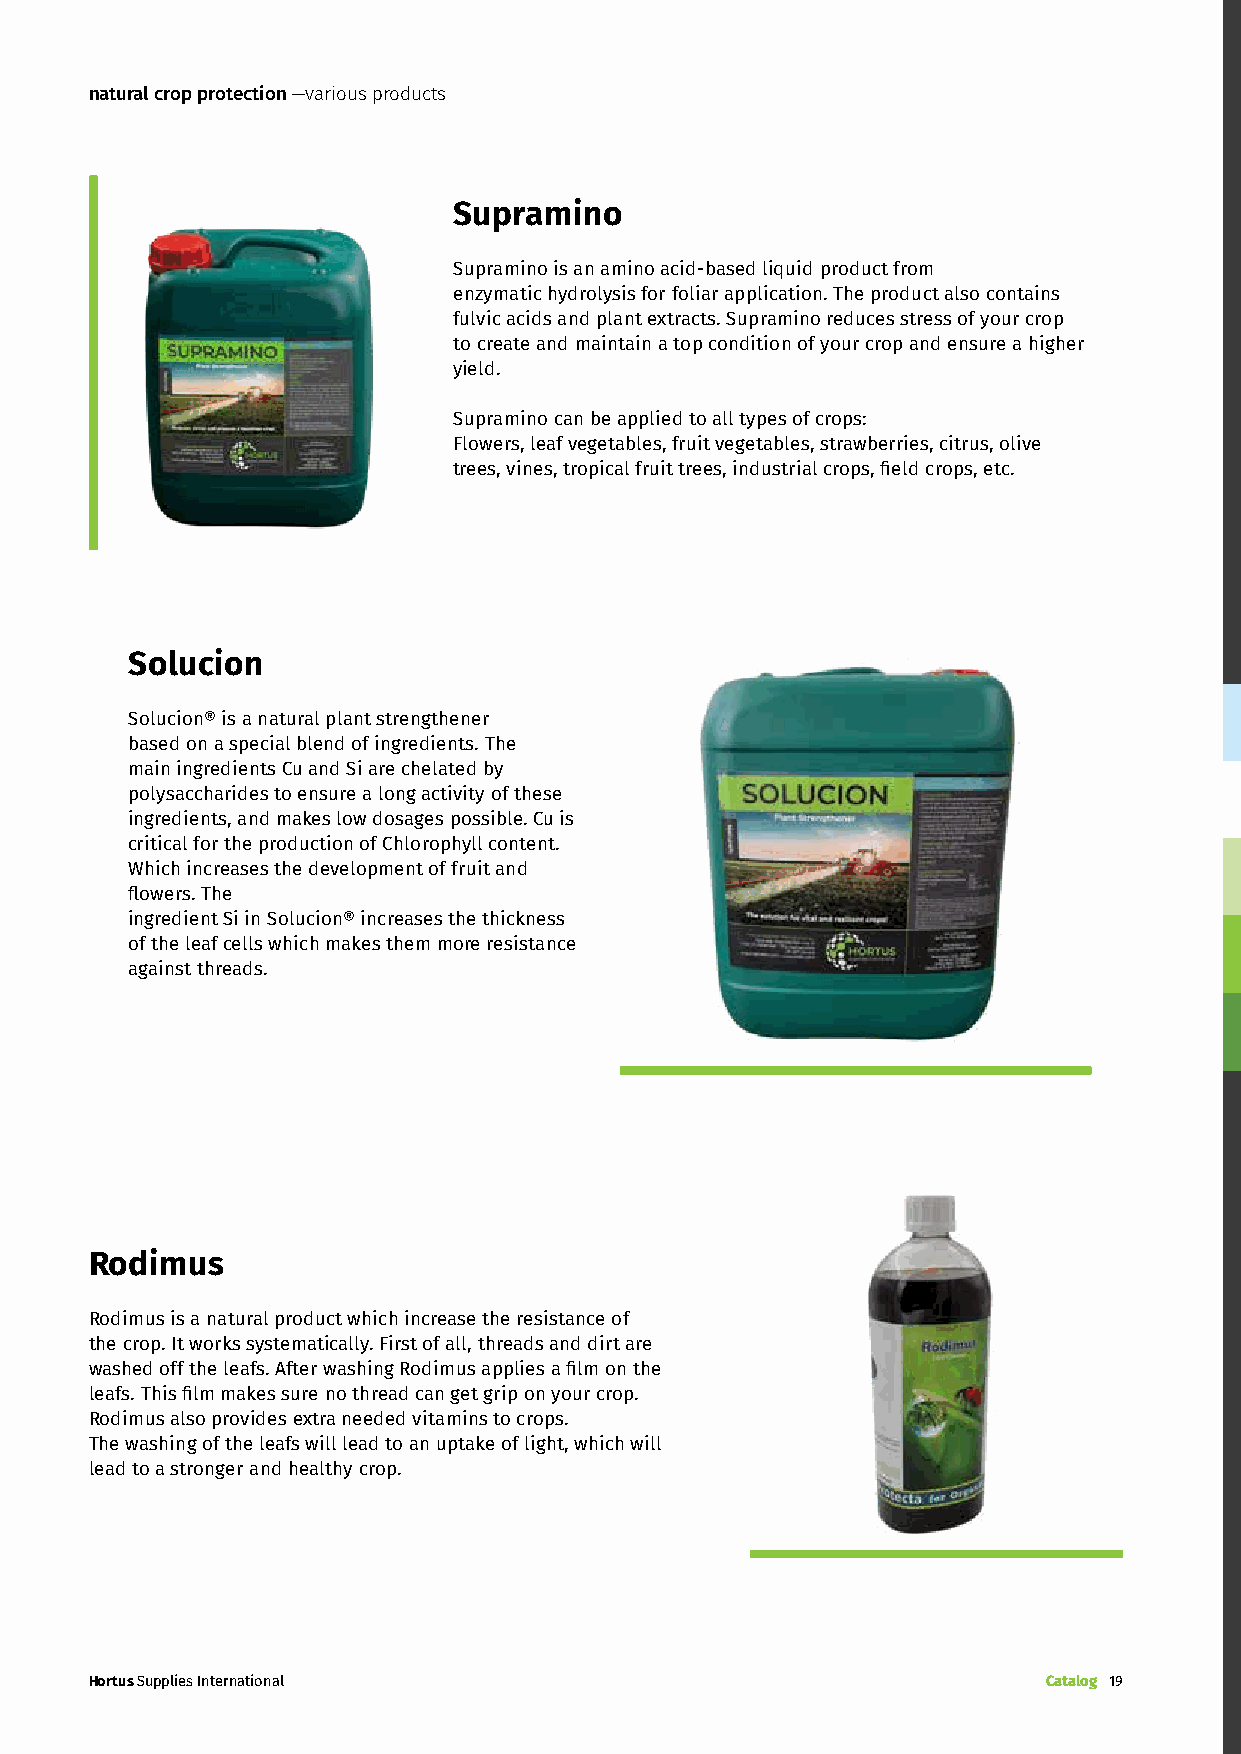
natural crop protection —various products
 Supramino
 Supramino is an amino acid-based liquid product from
 enzymatic hydrolysis for foliar application. The product also contains
 fulvic acids and plant extracts. Supramino reduces stress of your crop
 to create and maintain a top condition of your crop and ensure a higher
 yield.
 Supramino can be applied to all types of crops:
 Flowers, leaf vegetables, fruit vegetables, strawberries, citrus, olive
 trees, vines, tropical fruit trees, industrial crops, field crops, etc.
 Solucion
 Solucion® is a natural plant strengthener
 based on a special blend of ingredients. The
 main ingredients Cu and Si are chelated by
 polysaccharides to ensure a long activity of these
 ingredients, and makes low dosages possible. Cu is
 critical for the production of Chlorophyll content.
 Which increases the development of fruit and
 flowers. The
 ingredient Si in Solucion® increases the thickness
 of the leaf cells which makes them more resistance
 against threads.
 Rodimus
 Rodimus is a natural product which increase the resistance of
 the crop. It works systematically. First of all, threads and dirt are
 washed off the leafs. After washing Rodimus applies a film on the
 leafs. This film makes sure no thread can get grip on your crop.
 Rodimus also provides extra needed vitamins to crops.
 The washing of the leafs will lead to an uptake of light, which will
 lead to a stronger and healthy crop.
 Hortus Supplies International                                  Catalog 19